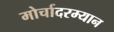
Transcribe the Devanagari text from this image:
मोर्चादरम्यान